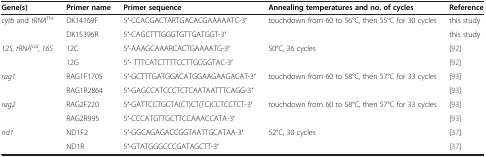
<table><thead><tr><td><b>Gene(s)</b></td><td><b>Primer name</b></td><td><b>Primer sequence</b></td><td><b>Annealing temperatures and no. of cycles</b></td><td><b>Reference</b></td></tr></thead><tbody><tr><td><i>cytb</i> and <i>tRNA</i><sup><i>Thr</i></sup></td><td>DK14169F</td><td>5′-CCACGACTARTGACACGAAAAATC-3′</td><td>touchdown from 60 to 56°C, then 55°C for 30 cycles</td><td>this study</td></tr><tr><td> </td><td>DK15396R</td><td>5′-CAGCTTTGGGTGTTGATGGT-3′</td><td> </td><td>this study</td></tr><tr><td><i>12S</i>, <i>tRNA</i><sup><i>Val</i></sup>, <i>16S</i></td><td>12C</td><td>5′-AAAGCAAARCACTGAAAATG-3′</td><td>50°C, 36 cycles</td><td>[92]</td></tr><tr><td> </td><td>12G</td><td>5′- TTTCATCTTTTCCTTGCGGTAC-3′</td><td> </td><td>[92]</td></tr><tr><td><i>rag1</i></td><td>RAG1F1705</td><td>5′-GCTTTGATGGACATGGAAGAAGACAT-3′</td><td>touchdown from 60 to 58°C, then 57°C for 33 cycles</td><td>[93]</td></tr><tr><td> </td><td>RAG1R2864</td><td>5′-GAGCCATCCCTCTCAATAATTTCAGG-3′</td><td> </td><td>[93]</td></tr><tr><td><i>rag2</i></td><td>RAG2F220</td><td>5′-GATTCCTGCTA(CT)CT(TC)CCTCCTCT-3′</td><td>touchdown from 60 to 58°C, then 57°C for 33 cycles</td><td>[93]</td></tr><tr><td> </td><td>RAG2R995</td><td>5′-CCCATGTTGCTTCCAAACCATA-3′</td><td> </td><td>[93]</td></tr><tr><td><i>nd1</i></td><td>ND1F2</td><td>5′-GGCAGAGACCGGTAATTGCATAA-3′</td><td>52°C, 30 cycles</td><td>[37]</td></tr><tr><td> </td><td>ND1R</td><td>5′-GTATGGGCCCGATAGCTT-3′</td><td> </td><td>[37]</td></tr></tbody></table>